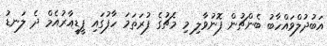
އަބުދުލްވައްހާބު ބެންޗުން ފޮނުވާލި މި މެޗުގެ ފުރަތަމަ ހާފުގައި ޕީޑީއާރުއެމް ދެ ލަނޑު